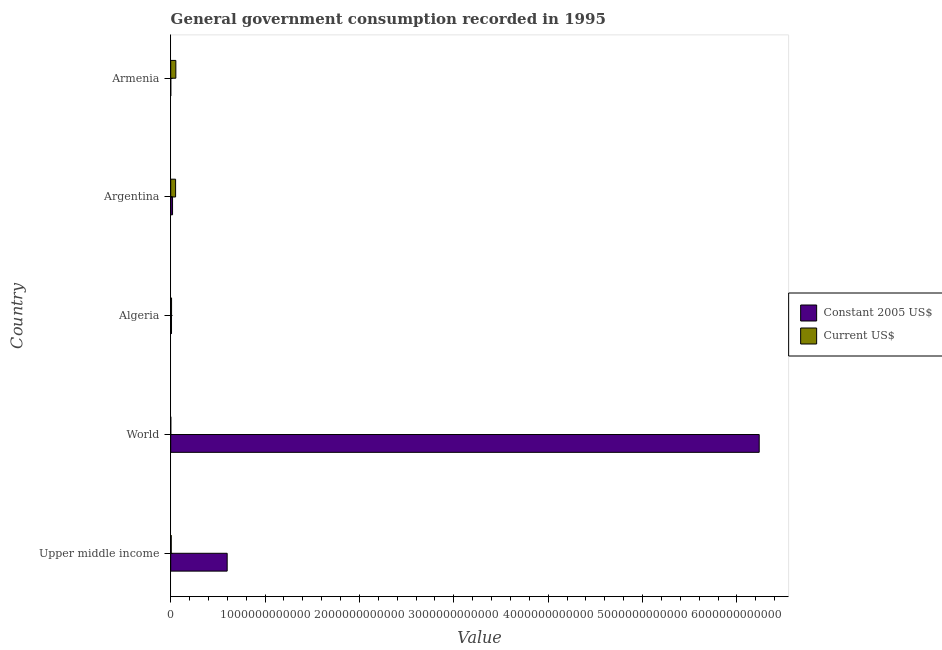
| Country | Constant 2005 US$ | Current US$ |
 | --- | --- | --- |
 | Upper middle income | 5.98e+11 | 5.51e+09 |
 | World | 6.24e+12 | 7.15e+08 |
 | Algeria | 8.51e+09 | 9.02e+09 |
 | Argentina | 1.94e+10 | 5.17e+10 |
 | Armenia | 3.31e+08 | 5.43e+10 |